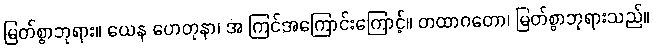
မြတ်စွာဘုရား။ ယေန ဟေတုနာ၊ အ ကြင်အကြောင်းကြောင့်။ တထာဂတော၊ မြတ်စွာဘုရားသည်။